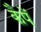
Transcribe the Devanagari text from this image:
कैपें